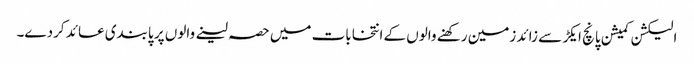
الیکشن کمیشن پانچ ایکڑ سے زائد زمین رکھنے والوں کے انتخابات میں حصہ لینے والوں پر پابندی عائد کردے۔